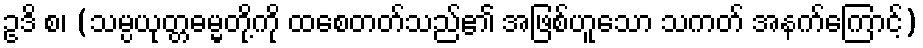
ဥဒိ စ၊ (သမ္ပယုတ္တဓမ္မတို့ကို ထစေတတ်သည်၏ အဖြစ်ဟူသော သကတ် အနက်ကြောင့်)